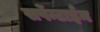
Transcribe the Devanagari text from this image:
सर्पेन्टाईन